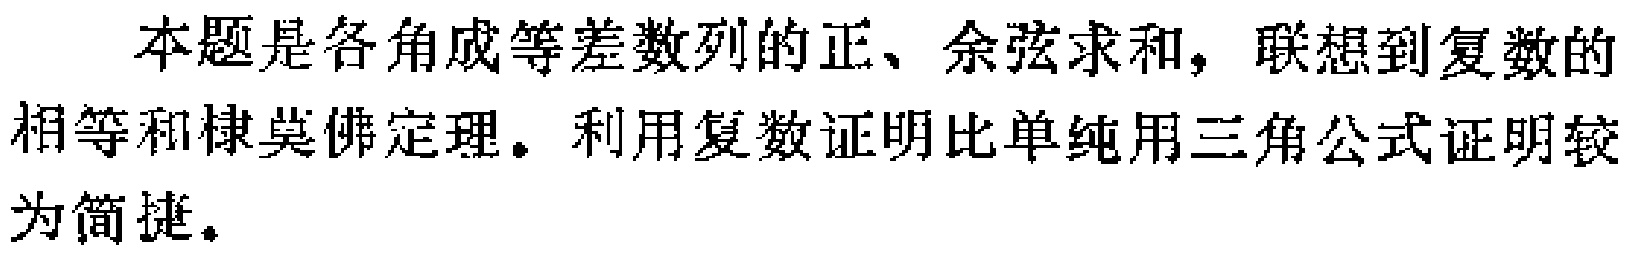
本题是各角成等差数列的正、余弦求和，联想到复数的相等和棣莫佛定理。利用复数证明比单纯用三角公式证明较为简捷。